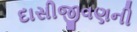
દાસીજીવણની